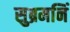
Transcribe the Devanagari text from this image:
सुब्रमनिं